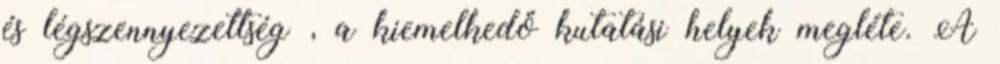
és légszennyezettség , a kiemelkedő kutatási helyek megléte. A